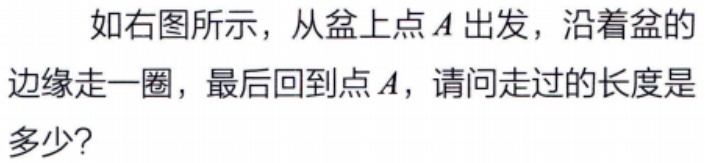
如右图所示，从盆上点\(A\)出发，沿着盆的边缘走一圈，最后回到点\(A\)，请问走过的长度是多少？